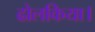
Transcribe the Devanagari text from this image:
ढोलकिया।